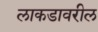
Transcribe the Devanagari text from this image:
लाकडावरील